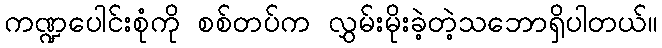
ကဏ္ဍပေါင်းစုံကို စစ်တပ်က လွှမ်းမိုးခဲ့တဲ့သဘောရှိပါတယ်။